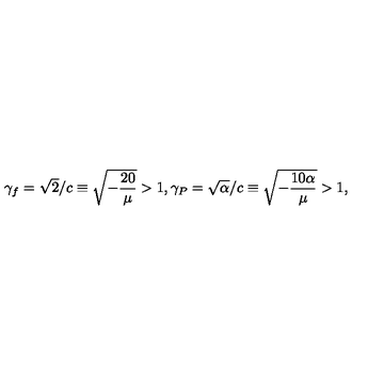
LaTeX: \gamma _ { f } = \sqrt { 2 } / c \equiv \sqrt { - \frac { 2 0 } { \mu } } > 1 , \gamma _ { P } = \sqrt { \alpha } / c \equiv \sqrt { - \frac { 1 0 \alpha } { \mu } } > 1 ,